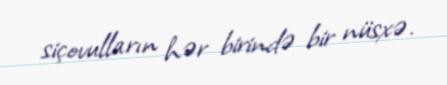
siçovulların hər birində bir nüsxə.